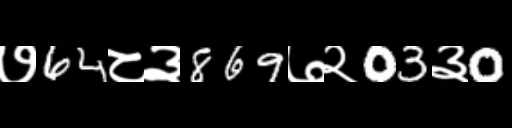
Text: ७64८३869७२03३0